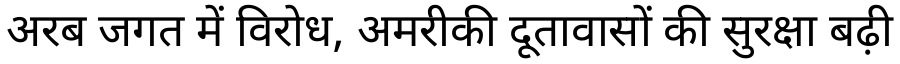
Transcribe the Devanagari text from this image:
अरब जगत में विरोध, अमरीकी दूतावासों की सुरक्षा बढ़ी